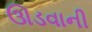
ઊડવાની